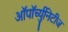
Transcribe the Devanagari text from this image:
ऑपॉर्च्युनिटीज